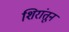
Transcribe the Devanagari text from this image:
शिरांतून